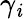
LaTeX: \gamma_{\mathit{i}}